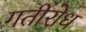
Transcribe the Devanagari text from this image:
गतीरोध